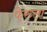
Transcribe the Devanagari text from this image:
फेरुला